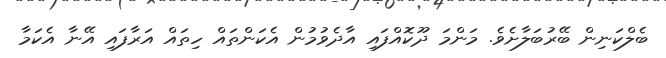
ބެލްކަނިން ބޭރުބަލާށެވެ. މަންމަ ދޫކޮއްފައި އާދެވުމުން އެކަންތައް ހިތައް އަރާފައި އޭނާ އެކަމާ